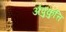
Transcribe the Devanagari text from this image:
अंपुकुत्ति